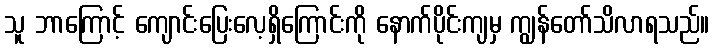
သူ ဘာကြောင့် ကျောင်းပြေးလေ့ရှိကြောင်းကို နောက်ပိုင်းကျမှ ကျွန်တော်သိလာရသည်။